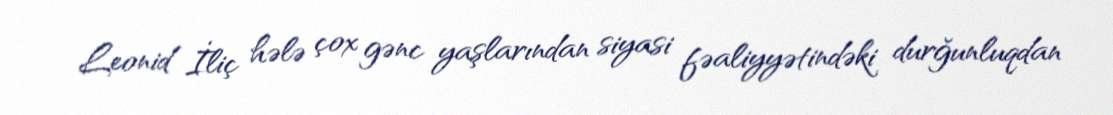
Leonid İliç hələ çox gənc yaşlarından siyasi fəaliyyətindəki durğunluqdan